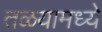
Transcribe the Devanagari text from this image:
तळयामध्ये